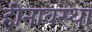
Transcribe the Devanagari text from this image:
हीनावस्था